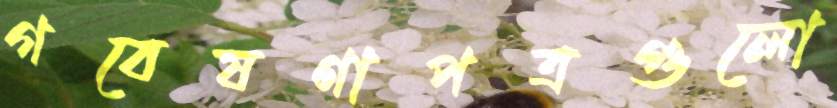
গবেষণাপত্রগুলো